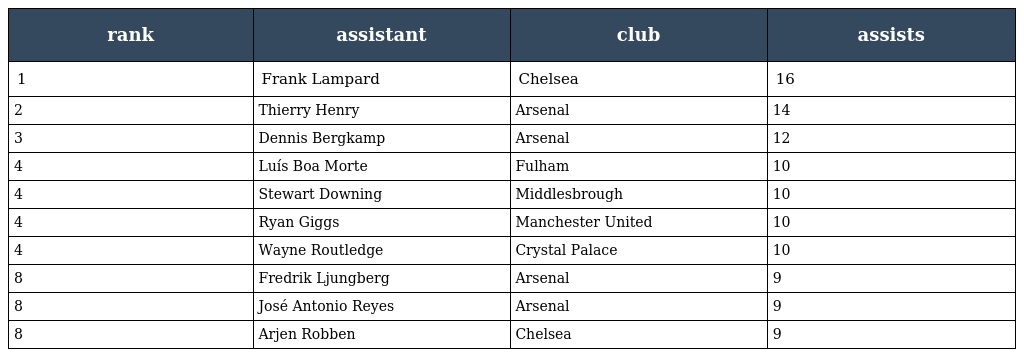
| rank | assistant | club | assists |
 | --- | --- | --- | --- |
 | 1 | Frank Lampard | Chelsea | 16 |
 | 2 | Thierry Henry | Arsenal | 14 |
 | 3 | Dennis Bergkamp | Arsenal | 12 |
 | 4 | Luís Boa Morte | Fulham | 10 |
 | 4 | Stewart Downing | Middlesbrough | 10 |
 | 4 | Ryan Giggs | Manchester United | 10 |
 | 4 | Wayne Routledge | Crystal Palace | 10 |
 | 8 | Fredrik Ljungberg | Arsenal | 9 |
 | 8 | José Antonio Reyes | Arsenal | 9 |
 | 8 | Arjen Robben | Chelsea | 9 |